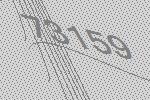
73159